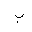
Letter: _ba